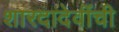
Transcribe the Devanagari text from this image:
शारदादेवींची